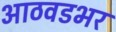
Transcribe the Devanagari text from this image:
आठवडभर